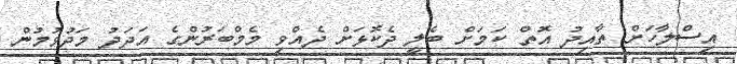
އިސްލާހަށް ތާއިދު އޮތް ކަމަށް ބެލީ ދެކޮޅަށް ދެއްވި މެމްބަރުންގެ އަދަދު މަދުވުމުން